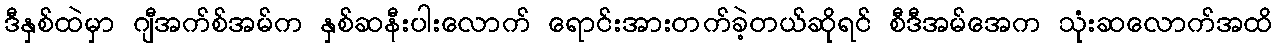
ဒီနှစ်ထဲမှာ ဂျီအက်စ်အမ်က နှစ်ဆနီးပါးလောက် ရောင်းအားတက်ခဲ့တယ်ဆိုရင် စီဒီအမ်အေက သုံးဆလောက်အထိ